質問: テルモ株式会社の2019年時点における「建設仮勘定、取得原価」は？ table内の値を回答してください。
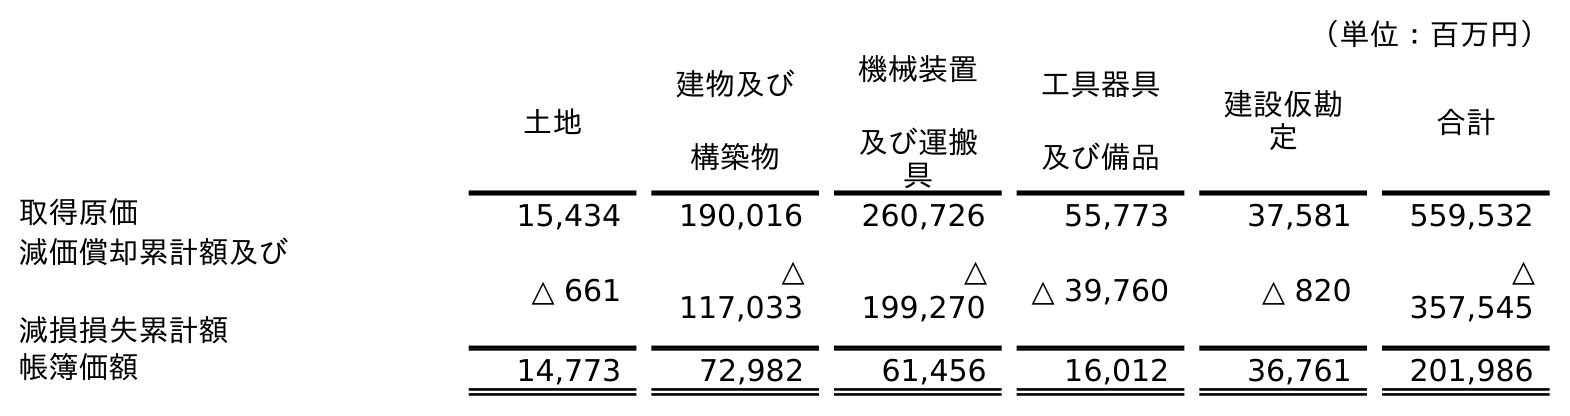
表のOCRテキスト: （単位：百万円） 土地 建物及び 構築物 機械装置 及び運搬 具 工具器具 及び備品 建設仮勘 定 合計 取得原価 15,434 190,016 260,726 55,773 37,581 559,532 減価償却累計額及び 減損損失累計額 △ 661 △ 117,033 △ 199,270 △ 39,760 △ 820 △ 357,545 帳簿価額 14,773 72,982 61,456 16,012 36,761 201,986
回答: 37,581